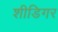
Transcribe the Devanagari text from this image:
शीडिगर